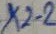
Text: X2-2